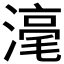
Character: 𣻼